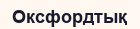
Оксфордтық